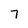
Character: 7